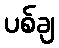
ပစ်ချ